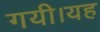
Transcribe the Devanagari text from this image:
गयी।यह